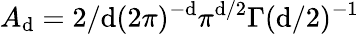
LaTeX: A_{\mathrm{d}}=2/\mathrm{d}(2\pi)^{-\mathrm{d}}\pi^{\mathrm{d}/2}\Gamma(\mathrm{d}/2)^{-1}